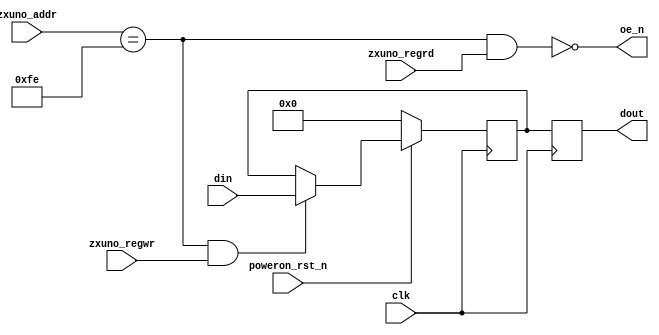
module scratch_register(
    input wire clk,
    input wire poweron_rst_n,
    input wire [7:0] zxuno_addr,
    input wire zxuno_regrd,
    input wire zxuno_regwr,
    input wire [7:0] din,
    output reg [7:0] dout,
    output wire oe_n
    );
    parameter SCRATCH = 8'hFE;
    assign oe_n = ~(zxuno_addr == SCRATCH && zxuno_regrd == 1'b1);
    reg [7:0] scratch = 8'h00;  
    always @(posedge clk) begin
        if (poweron_rst_n == 1'b0)
            scratch <= 8'h00;  
        else if (zxuno_addr == SCRATCH && zxuno_regwr == 1'b1)
            scratch <= din;
        dout <= scratch;
    end
endmodule